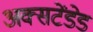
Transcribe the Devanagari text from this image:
अक्सटेंडेड